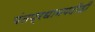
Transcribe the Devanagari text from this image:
पंतप्रधानपदीही